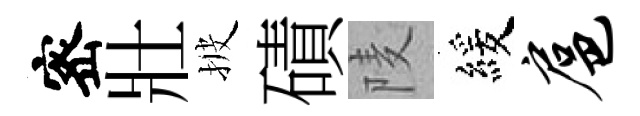
宻壯披磧𨹧緩扈